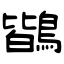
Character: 鶛